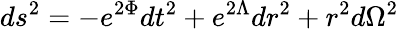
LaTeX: ds^{2}=-e^{2\Phi}dt^{2}+e^{2\Lambda}dr^{2}+r^{2}d\Omega^{2}